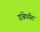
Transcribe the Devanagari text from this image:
डांबेपर्यंत